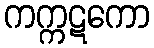
ကက္ကဋကော